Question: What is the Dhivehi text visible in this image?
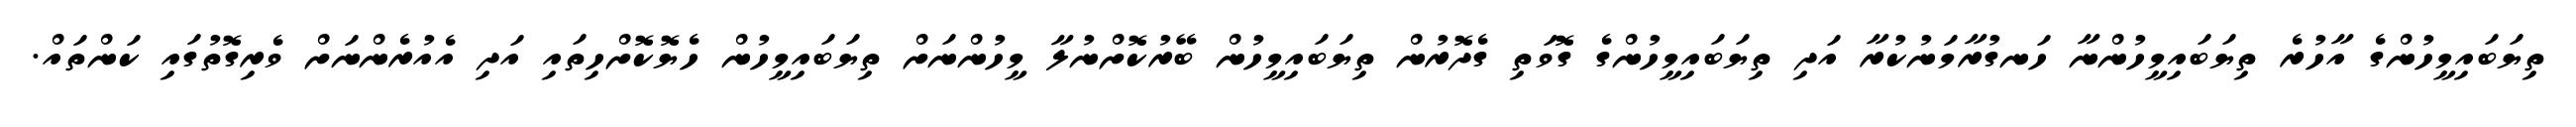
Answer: ތިޔަބައިމީހުންގެ އާހުރެ ތިޔަބައިމީހުންނާ ހަނގުރާމަނުކުރާ އަދި ތިޔަބައިމީހުންގެ ގޮވަތި ގެދޮރުން ތިޔަބައިމީހުން ބޭރުކޮށްނުލާ މީހުންނަށް ތިޔަބައިމީހުން ހެޔޮކޮށްހިތައި އަދި އެއުރެންނަށް ވެރިގޮތުގައި ކަންތައް.